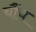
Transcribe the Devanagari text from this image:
चौंच